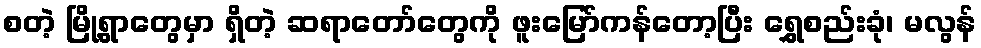
စတဲ့ မြို့ရွာတွေမှာ ရှိတဲ့ ဆရာတော်တွေကို ဖူးမြော်ကန်တော့ပြီး ရွှေစည်းခုံ၊ မလွန်